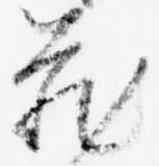
蔵